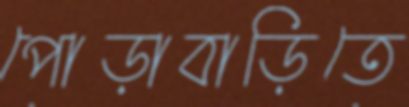
পোড়াবাড়িতে